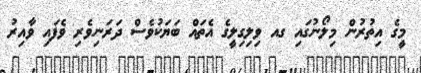
މީގެ އިތުރުން މިލޯނުގައި ގއ ވިލިގިލީގެ އެތައް ބަޔަކުވެސް ދަރަނިވެރި ވެފައި ވާއިރު